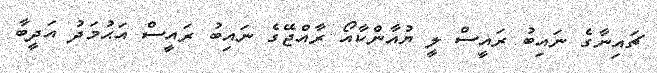
ޗައިނާގެ ނައިބު ރައީސް ލީ ޔުއާންކާއޯ ރާއްޖޭގެ ނައިބު ރައީސް އަޙުމަދު އަދީބާ